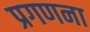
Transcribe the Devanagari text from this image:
प्रगणना